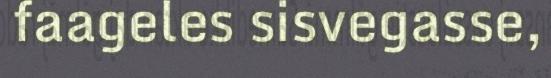
faageles sisvegasse,